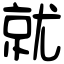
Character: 就